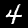
Digit: 4